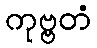
ကုဗ္ဗတံ